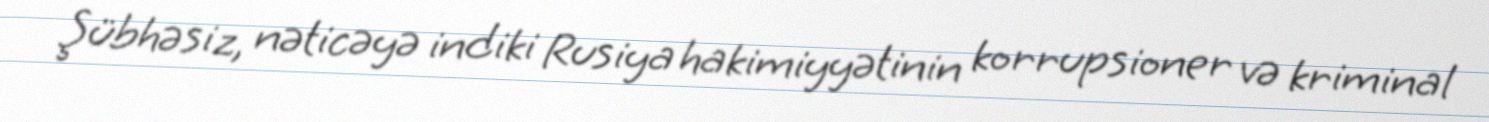
Şübhəsiz, nəticəyə indiki Rusiya hakimiyyətinin korrupsioner və kriminal